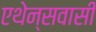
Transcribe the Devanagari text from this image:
एथेन्सवासी